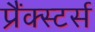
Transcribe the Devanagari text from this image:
प्रैंक्स्टर्स